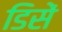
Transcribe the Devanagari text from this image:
डिसें